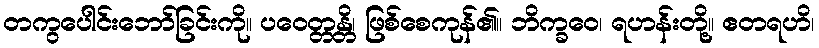
တကွပေါင်းဘော်ခြင်းကို။ ပဝေတ္တန္တိ၊ ဖြစ်စေကုန်၏။ ဘိက္ခဝေ၊ ရဟန်းတို့။ ဧတရဟိ၊